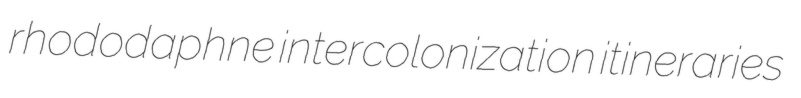
rhododaphne intercolonization itineraries